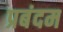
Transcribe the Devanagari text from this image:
प्रबंदम